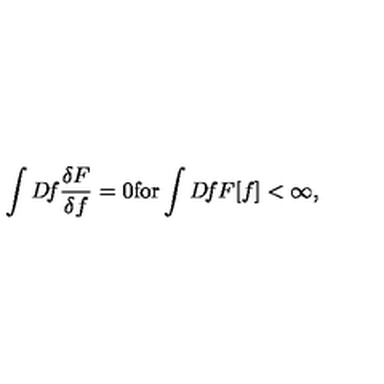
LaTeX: \int D \! f \frac { \delta F } { \delta f } = 0 \mathrm { f o r } \int D \! f F [ f ] < \infty ,